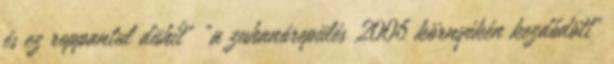
és ez roppantul dühít" "a zuhanórepülés 2006 környékén kezdődött"